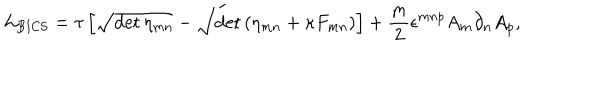
{ \cal L } _ { \mathrm { B I C S } } = \tau \left[ \sqrt { \det \eta _ { m n } } - \sqrt { \det \left( \eta _ { m n } + \kappa F _ { m n } \right) } \right] + \frac { m } { 2 } \epsilon ^ { m n p } A _ { m } \partial _ { n } A _ { p } ,